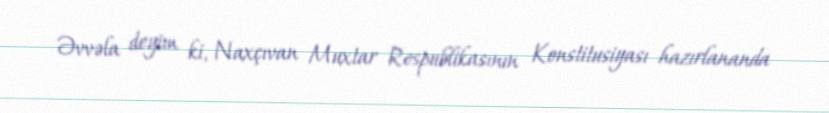
Əvvəla deyim ki, Naxçıvan Muxtar Respublikasının Konstitusiyası hazırlananda